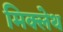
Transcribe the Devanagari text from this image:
मिक्लेथ